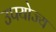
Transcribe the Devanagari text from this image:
उपयोज्य